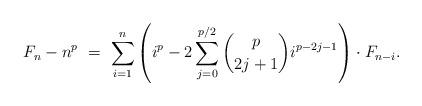
LaTeX: \begin{align*}F_n - n^{p} \ = \ \sum_{i=1}^{n} \left( i^{p} - 2\sum_{j=0}^{p/2} \binom{p}{2j+1} i^{p-2j-1} \right) \cdot F_{n-i}. \end{align*}